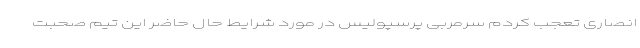
انصاری تعجب کردم سرمربی پرسپولیس در مورد شرایط حال حاضر این تیم صحبت